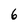
Character: 6